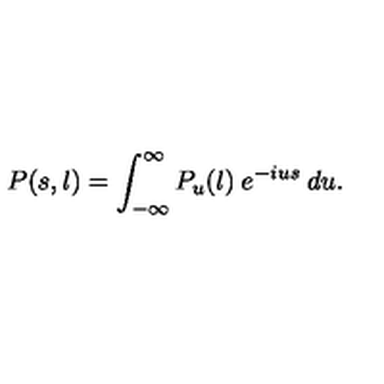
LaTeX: P ( s , l ) = \int _ { - \infty } ^ { \infty } P _ { u } ( l ) \: e ^ { - i u s } \: d u .